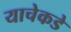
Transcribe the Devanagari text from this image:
याचेकडे